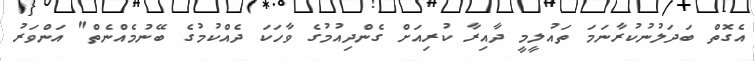
އެގޮތް ބަދަލުނުކުރާނަމަ ތައުލީމީ ދާއިރާ ކުރިއަށް ގެންދިއުމުގެ ވާހަކަ ދެއްކުމުގެ ބޭނުމެއްނެތް" އަންވަރު